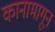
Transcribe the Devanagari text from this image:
कानामागून